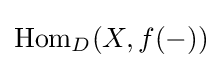
\operatorname {Hom} _{D}(X,f(-))